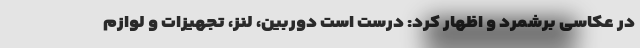
در عکاسی برشمرد و اظهار کرد: درست است دوربین، لنز، تجهیزات و لوازم